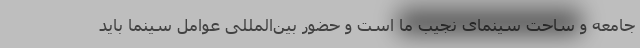
جامعه و ساحت سینمای نجیب ما است و حضور بین‌المللی عوامل سینما باید